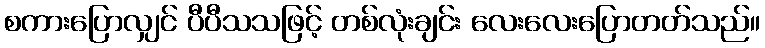
စကားပြောလျှင် ပီပီသသဖြင့် တစ်လုံးချင်း လေးလေးပြောတတ်သည်။